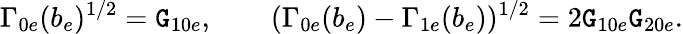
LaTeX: \Gamma_{0e}(b_{e})^{1/2}=\mathtt{G}_{10e},\qquad(\Gamma_{0e}(b_{e})-\Gamma_{1e}(b_{e}))^{1/2}=2\mathtt{G}_{10e}\mathtt{G}_{20e}.